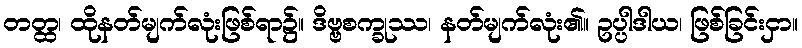
တတ္ထ၊ ထိုနတ်မျက်လုံးဖြစ်ရာ၌။ ဒိဗ္ဗစက္ခုဿ၊ နတ်မျက်လုံး၏။ ဥပ္ပါဒါယ၊ ဖြစ်ခြင်းငှာ။